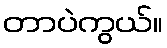
တာပဲကွယ်။